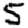
Digit: 5